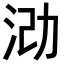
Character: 𪵶